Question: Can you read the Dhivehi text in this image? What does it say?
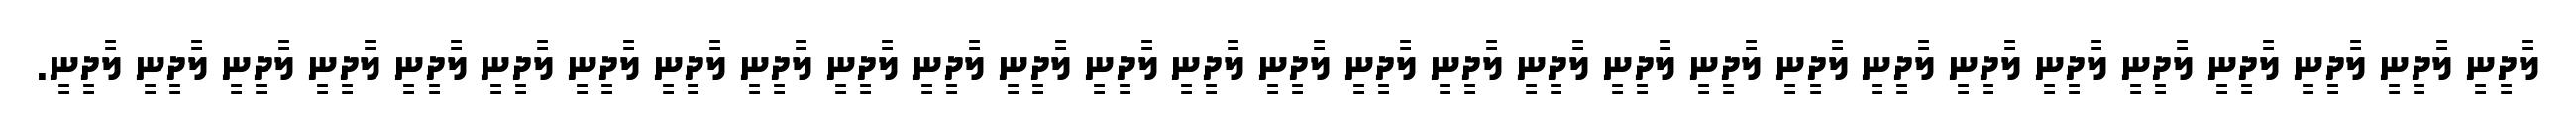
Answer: ލާދީނީ ލާދީނީ ލާދީނީ ލާދީނީ ލާދީނީ ލާދީނީ ލާދީނީ ލާދީނީ ލާދީނީ ލާދީނީ ލާދީނީ ލާދީނީ ލާދީނީ ލާދީނީ ލާދީނީ ލާދީނީ ލާދީނީ ލާދީނީ ލާދީނީ ލާދީނީ ލާދީނީ ލާދީނީ ލާދީނީ ލާދީނީ ލާދީނީ ލާދީނީ ލާދީނީ ލާދީނީ ލާދީނީ.